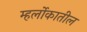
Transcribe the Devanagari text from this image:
म्हर्लोकातील